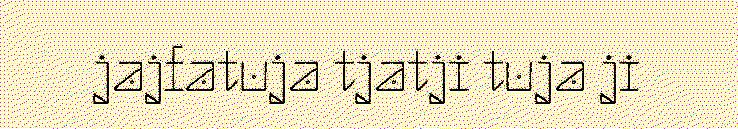
jajfatuja tjatji tuja ji